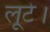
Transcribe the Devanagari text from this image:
लूटे।